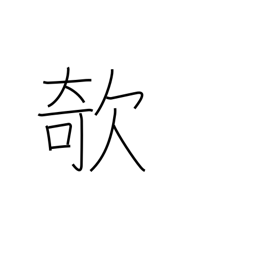
Meaning: prick up (one's ears)